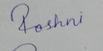
Signature authenticity: forged